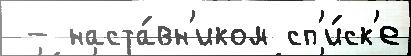
 - наста́вн'иком сп'и́ск'е